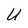
Character: U